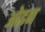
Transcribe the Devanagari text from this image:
ओइन